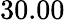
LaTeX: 30.00